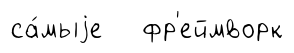
са́мыjе фр'еймворк